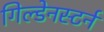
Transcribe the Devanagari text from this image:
गिल्डेनस्टर्न